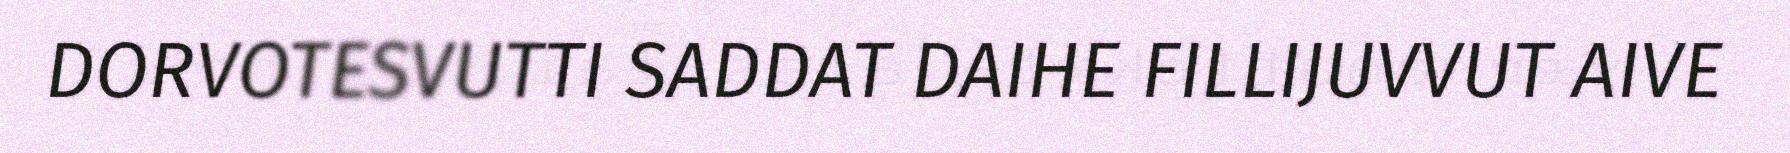
DORVOTESVUTTI SADDAT DAIHE FILLIJUVVUT AIVE